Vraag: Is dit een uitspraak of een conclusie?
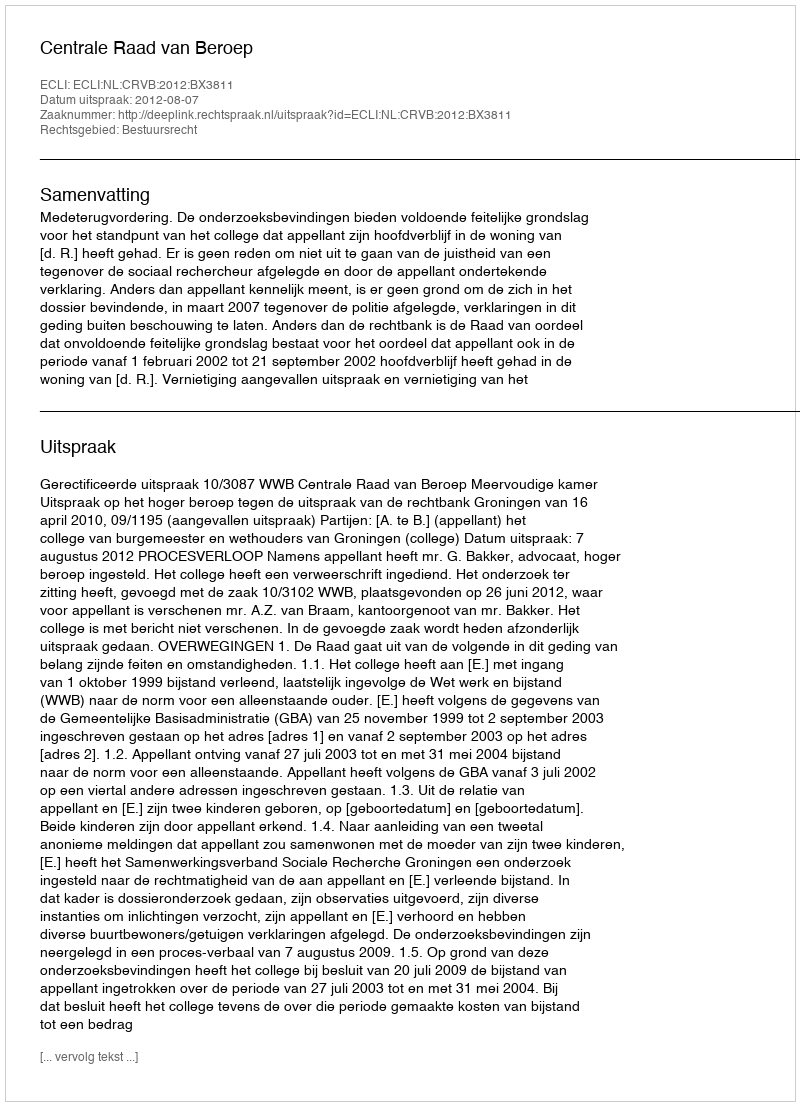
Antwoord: Uitspraak